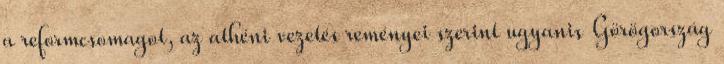
a reformcsomagot, az athéni vezetés reményei szerint ugyanis Görögország